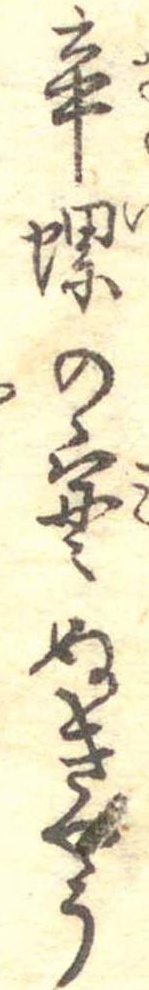
辛螺の実ぬきやう